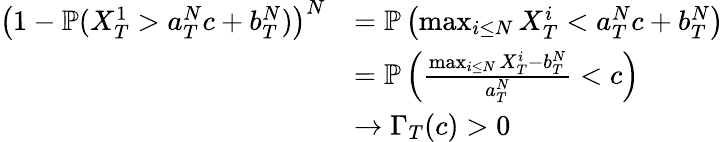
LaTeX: \begin{array}{rl}{\left(1-{\mathbb P}(X_{T}^{1}>a_{T}^{N}c+b_{T}^{N})\right)^{N}}&{={\mathbb P}\left(\operatorname*{max}_{i\leq N}X_{T}^{i}<a_{T}^{N}c+b_{T}^{N}\right)}\\ &{={\mathbb P}\left(\frac{\operatorname*{max}_{i\leq N}X_{T}^{i}-b_{T}^{N}}{a_{T}^{N}}<c\right)}\\ &{\to\Gamma_{T}(c)>0}\end{array}